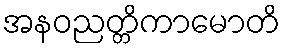
အနဝညတ္တိကာမောတိ